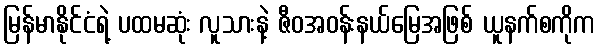
မြန်မာနိုင်ငံရဲ့ ပထမဆုံး လူသားနဲ့ ဇီဝအဝန်းနယ်မြေအဖြစ် ယူနက်စကိုက